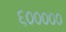
૬૦૦૦૦૦